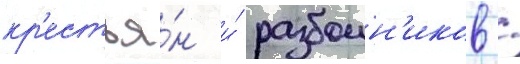
кр'естья́н и́ разбоин'иков /